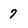
Character: 7